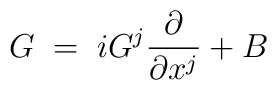
G \;=\; i G^j \frac{\partial}{\partial x^j} + B